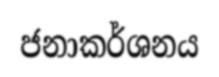
ජනාකර්ශනය